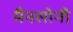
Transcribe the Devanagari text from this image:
मैनसोनी